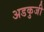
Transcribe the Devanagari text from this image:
अडकुजी